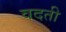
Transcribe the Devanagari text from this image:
वदती